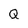
Character: Q